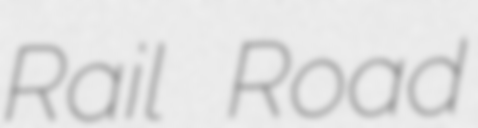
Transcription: Rail Road